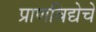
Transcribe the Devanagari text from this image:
प्राणविद्येचे